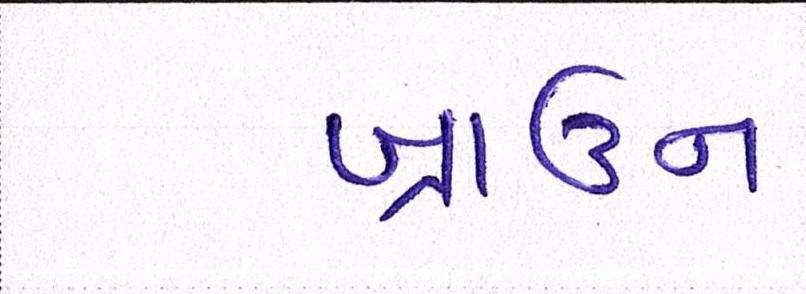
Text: બ્રાઉન